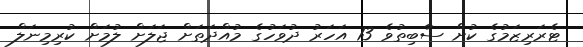
ޓެރަރިޒަމުގެ ކުށް ސާބިތުވެ 13 އަހަރު ދުވަހުގެ މުއްދަތަށް ޖަލަށް ލުމަށް ކުރިމިނަލް